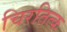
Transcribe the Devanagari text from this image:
चिरतित्क